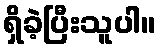
ရှိခဲ့ပြီးသူပါ။